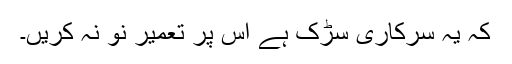
کہ یہ سرکاری سڑک ہے اس پر تعمیر نو نہ کریں۔